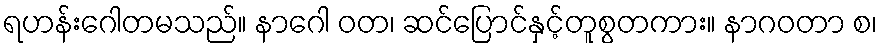
ရဟန်းဂေါတမသည်။ နာဂေါ ဝတ၊ ဆင်ပြောင်နှင့်တူစွတကား။ နာဂဝတာ စ၊